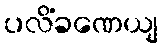
ပလိံခဏေယျ